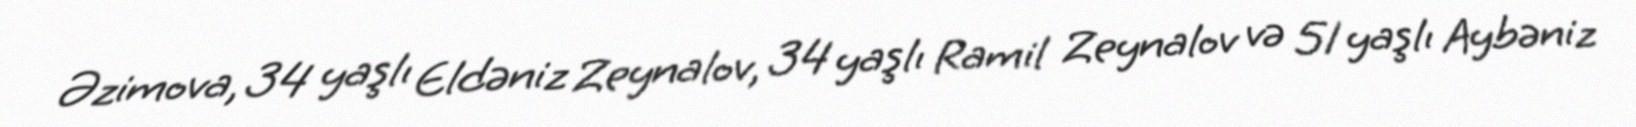
Əzimova, 34 yaşlı Eldəniz Zeynalov, 34 yaşlı Ramil Zeynalov və 51 yaşlı Aybəniz